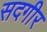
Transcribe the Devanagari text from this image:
सदगीर